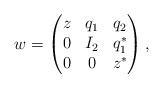
LaTeX: \begin{align*}w=\begin{pmatrix}z & q_1 & q_2\\0 & I_2 & q_1^*\\0 & 0 & z^*\end{pmatrix},\end{align*}